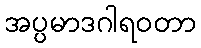
အပ္ပမာဒဂါရဝတာ